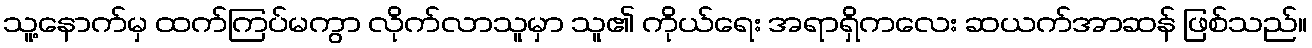
သူ့နောက်မှ ထက်ကြပ်မကွာ လိုက်လာသူမှာ သူ၏ ကိုယ်ရေး အရာရှိကလေး ဆယက်အာဆန် ဖြစ်သည်။